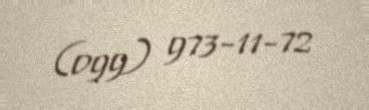
(099) 973-11-72